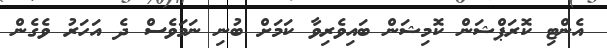
އެންޓި ކޮރަޕްޝަން ކޮމިޝަން ބައިވެރިވާ ކަމަށް ބުނި ނަމަވެސް ދެ އަހަރު ވެގެން